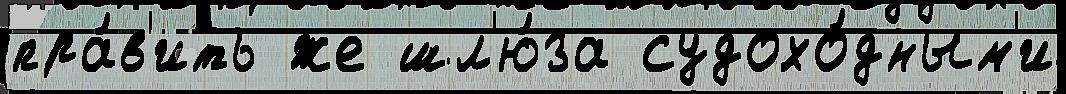
пра́в'ить же шл'ю́за судохо́дным'и